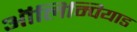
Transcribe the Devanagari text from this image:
ऑलिम्पियाड